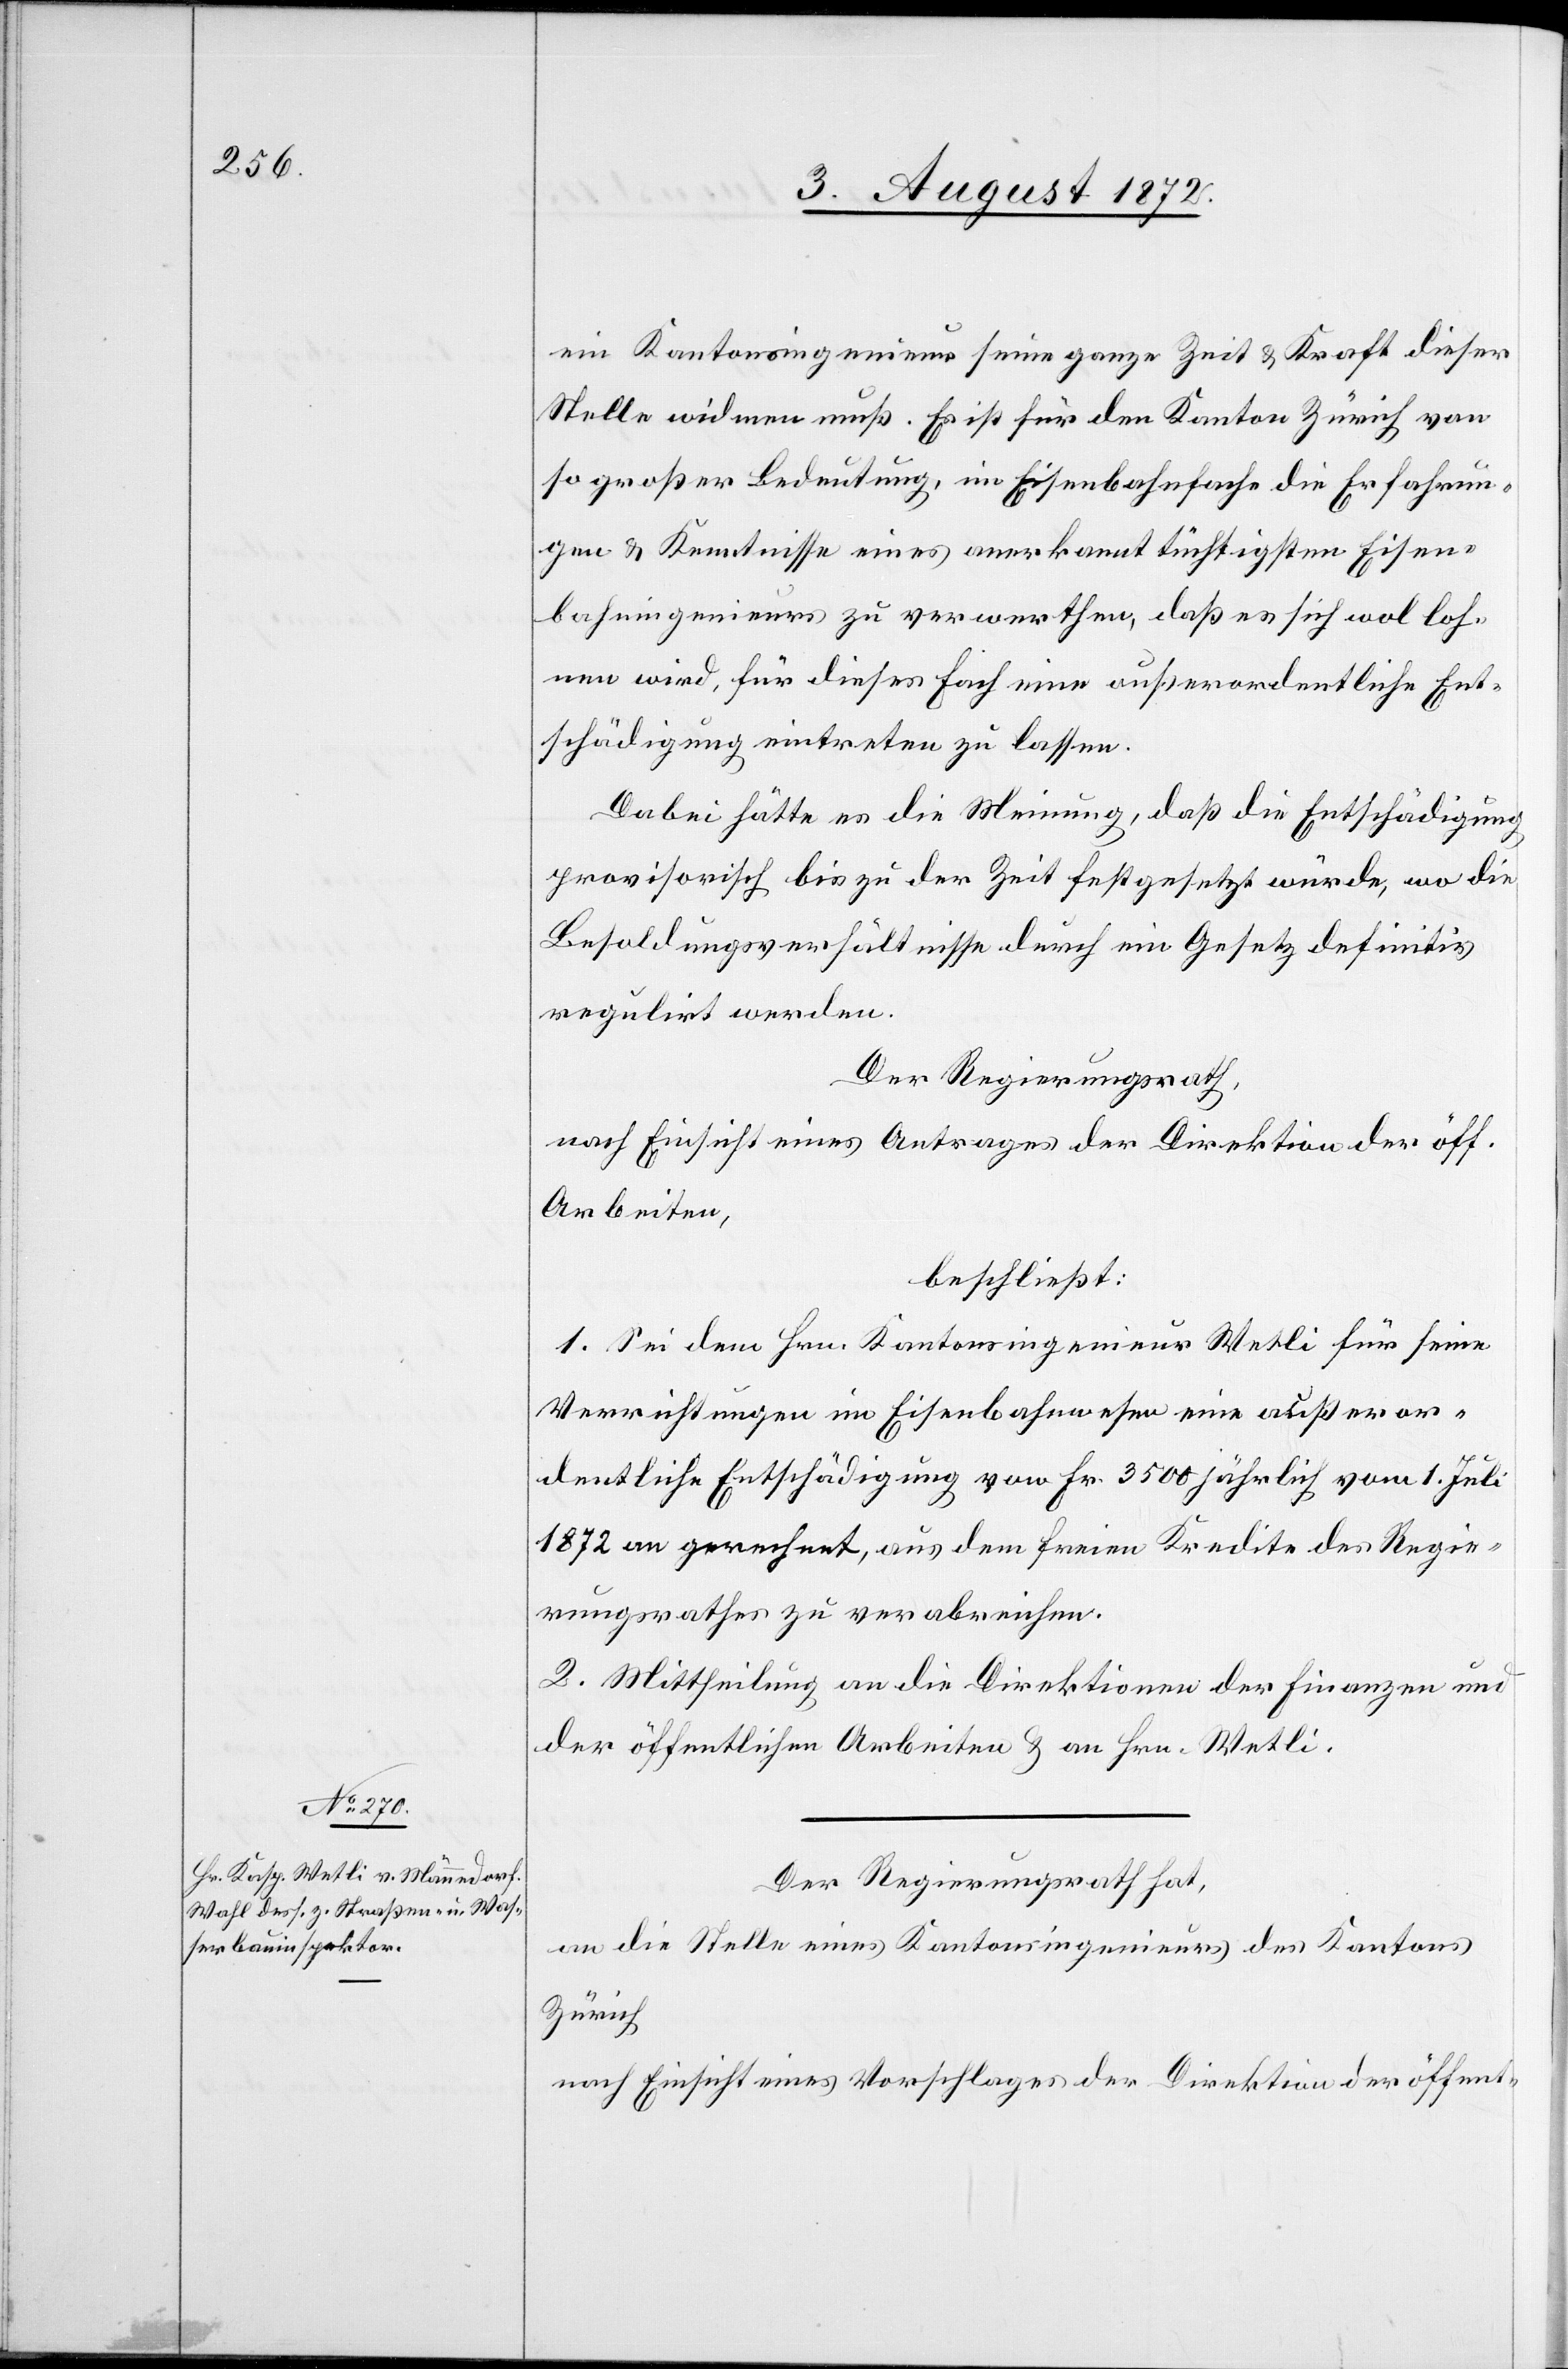
ein Kantonsingenieur seine ganze Zeit u. Kraft dieser
Stelle widmen muß. Es ist für den Kanton Zürich von
so großer Bedeutung, im Eisenbahnfache die Erfahrun¬
gen u. Kenntnisse eines anerkannt tüchtigsten Eisen¬
bahningenieurs zu verwerthen, daß es sich wol loh¬
nen wird, für dieses Fach eine außerordentliche Ent¬
schädigung eintreten zu lassen.
Dabei hätte es die Meinung, daß die Entschädigung
provisorisch bis zu der Zeit festgesetzt würde, wo die
Besoldungsverhältnisse durch ein Gesetz definitiv
regulirt werden.
Der Regierungsrath,
nach Einsicht eines Antrages der Direktion der öff.
Arbeiten,
beschließt:
1. Sei dem Hrn. Kantonsingenieur Wetli für seine
Verrichtungen im Eisenbahnwesen eine außeror¬
dentliche Entschädigung von Fr. 3500 jährlich vom 1. Juli
1872 an gerechnet, aus dem freien Kredite des Regie¬
rungsrathes zu verabreichen.
2. Mittheilung an die Direktionen der Finanzen und
der öffentlichen Arbeiten u. an Hrn. Wetli.
Der Regierungsrath hat,
an die Stelle eines Kantonsingenieurs des Kantons
Zürich
nach Einsicht eines Vorschlages der Direktion der öffent-